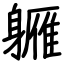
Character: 軅